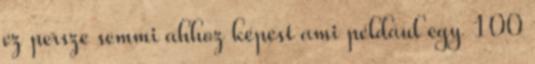
ez persze semmi ahhoz képest ami például egy 100